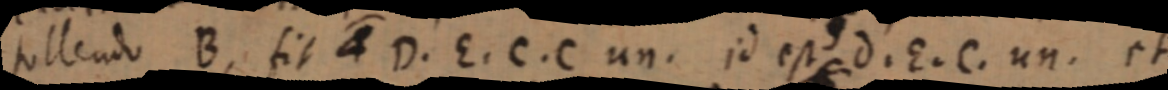
tollendo B, fit D. E. C. C un. id est d. E. C. un. et